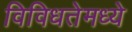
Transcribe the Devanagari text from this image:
विविधतेमध्ये